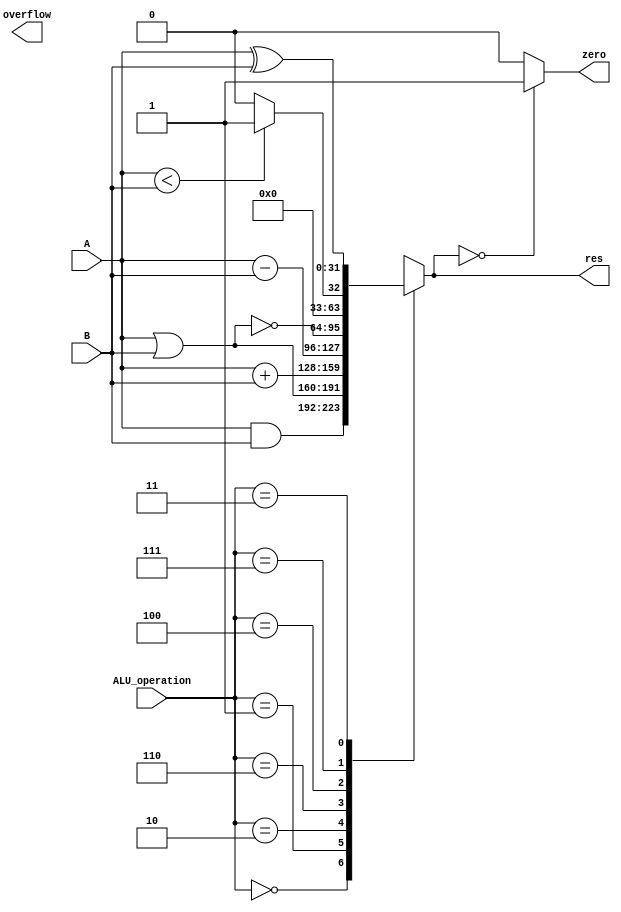
`timescale 1ns / 1ps
//////////////////////////////////////////////////////////////////////////////////
// Company: 
// Engineer: 
// 
// Design Name: 
// Module Name:    alu 
// Project Name: 
// Target Devices: 
// Tool versions: 
// Description: 
//
// Dependencies: 
//
// Revision: 
// Revision 0.01 - File Created
// Additional Comments: 
//
//////////////////////////////////////////////////////////////////////////////////
module alu( input wire [31:0] A, input wire [31:0] B,
				input wire [2:0] ALU_operation,
				output reg [31:0] res,
				output wire zero, output wire overflow );
	//wire [31:0] res_and,res_or,res_add,res_sub,res_nor,res_slt,res_xor,res_srl;
	//reg [31:0] reg_res;
	parameter one = 32'h00000001, zero_0 = 32'h00000000;
	//assign res_and = A & B;
	//assign res_or = A | B;
	//assign res_add = A + B;
	//assign res_sub = A - B;
	//assign res_nor = ~(A | B);
	//assign res_slt =(A < B) ? one : zero_0;
	//assign res_xor = A ^ B;
	//assign res_srl = B >> 1;
	//assign res = reg_res;
	always @ (*)
		case (ALU_operation)
			3'b000: res = A & B;
			3'b001: res= A | B;
			3'b010: res= A + B;
			3'b110: res= A - B; 
			3'b100: res= ~(A | B);
			3'b111: res= (A < B) ? one : zero_0;
			3'b011: res= A ^ B;
			//3'b101: res= B >> 1;
			default: res= 32'hx;
		endcase
	assign zero = (res==0)? 1: 0;

endmodule